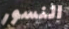
النسور